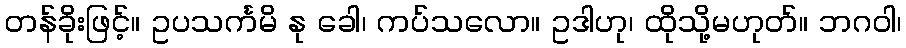
တန်ခိုးဖြင့်။ ဥပသင်္ကမိ နု ခေါ၊ ကပ်သလော။ ဥဒါဟု၊ ထိုသို့မဟုတ်။ ဘဂဝါ၊